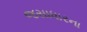
જસાધારના